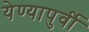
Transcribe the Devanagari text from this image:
येण्यापुर्वी